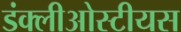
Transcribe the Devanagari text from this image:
डंक्लीओस्टीयस